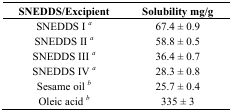
<table><thead><tr><td><b>SNEDDS/Excipient</b></td><td><b>Solubility mg/g</b></td></tr></thead><tbody><tr><td>SNEDDS I<i><sup>a</sup></i></td><td>67.4 ± 0.9</td></tr><tr><td>SNEDDS II<i><sup>a</sup></i></td><td>58.8 ± 0.5</td></tr><tr><td>SNEDDS III<i><sup>a</sup></i></td><td>36.4 ± 0.7</td></tr><tr><td>SNEDDS IV<i><sup>a</sup></i></td><td>28.3 ± 0.8</td></tr><tr><td>Sesame oil<i><sup>b</sup></i></td><td>25.7 ± 0.4</td></tr><tr><td>Oleic acid<i><sup>b</sup></i></td><td>335 ± 3</td></tr></tbody></table>